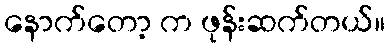
နောက်တော့ က ဖုန်းဆက်တယ်။